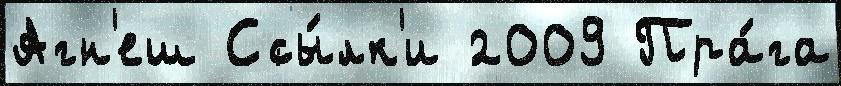
Агн'еш Ссы́лк'и 2009 Пра́га